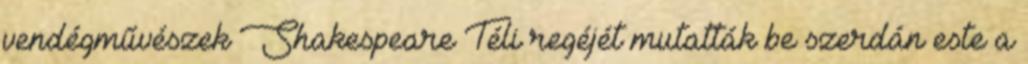
vendégművészek Shakespeare Téli regéjét mutatták be szerdán este a